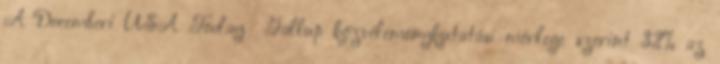
A Decemberi USA Today Gallup közvéleménykutatási mérlege szerint 32% az